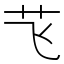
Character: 𮶞